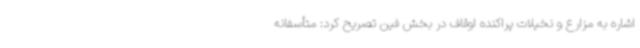
اشاره به مزارع و نخیلات پراکنده اوقاف در بخش فین تصریح کرد: متأسفانه